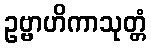
ဥဗ္ဗာဟိကာသုတ္တံ